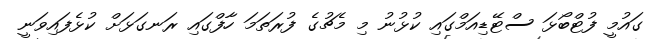
ގައުމީ ފުޓްބޯޅަ ސްޓޭޑިއަމްގައި ކުޅުނު މި މެޗުގެ ފުރަތަމަ ހާފްގައި ރަނގަޅަށް ކުޅެފައިވަނީ